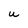
Character: U